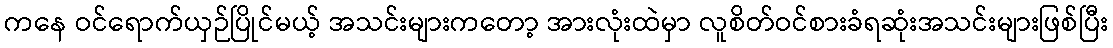
ကနေ ဝင်ရောက်ယှဉ်ပြိုင်မယ့် အသင်းများကတော့ အားလုံးထဲမှာ လူစိတ်ဝင်စားခံရဆုံးအသင်းများဖြစ်ပြီး